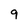
Character: 9